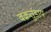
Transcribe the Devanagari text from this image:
वक्रतुंडाय